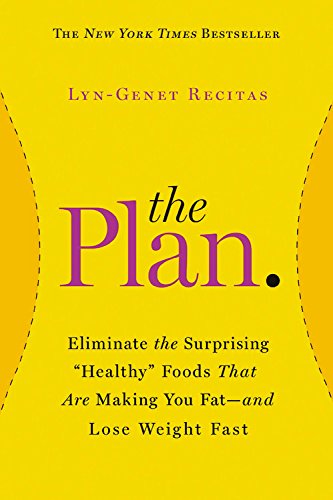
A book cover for The Plan: Eliminate the Surprising "Healthy" Foods That Are Making You Fat--and Lose Weight Fast; Lyn-Genet Recitas; Cookbooks, Food & Wine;